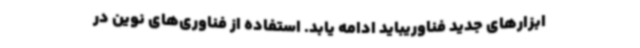
ابزارهای جدید فناوریباید ادامه یابد. استفاده از فناوری‌های نوین در